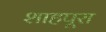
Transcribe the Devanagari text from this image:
शाहपूरा